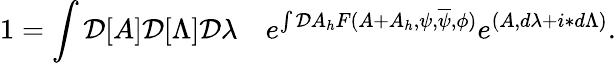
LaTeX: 1=\int{\cal D}[A]{\cal D}[\Lambda]{\cal D}\lambda\quad e^{\int{\cal D}A_{h}F(A+A_{h},\psi,\overline{{\psi}},\phi)}e^{(A,d\lambda+i\ast d\Lambda)}.